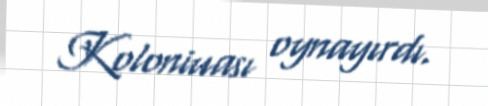
Koloniuası oynayırdı.